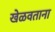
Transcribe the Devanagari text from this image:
खेळवताना